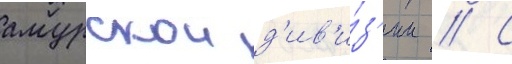
амурскои д'ив'и́з'ии // С